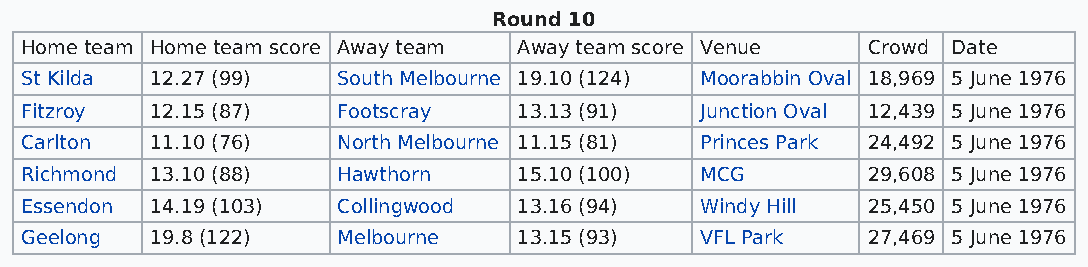
Round 10
 Home team Home team score Away team Away team score Venue Crowd Date
 St Kilda 12.27 (99)  South Melbourne 19.10 (124) Moorabbin Oval 18,969 5 June 1976
 Fitzroy  12.15 (87)  Footscray   13.13 (91)  Junction Oval 12,439 5 June 1976
 Carlton  11.10 (76)  North Melbourne 11.15 (81) Princes Park 24,492 5 June 1976
 Richmond 13.10 (88)  Hawthorn    15.10 (100) MCG        29,608 5 June 1976
 Essendon 14.19 (103) Collingwood 13.16 (94)  Windy Hill 25,450 5 June 1976
 Geelong  19.8 (122)  Melbourne   13.15 (93)  VFL Park   27,469 5 June 1976